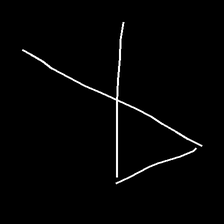
Glyph: collection